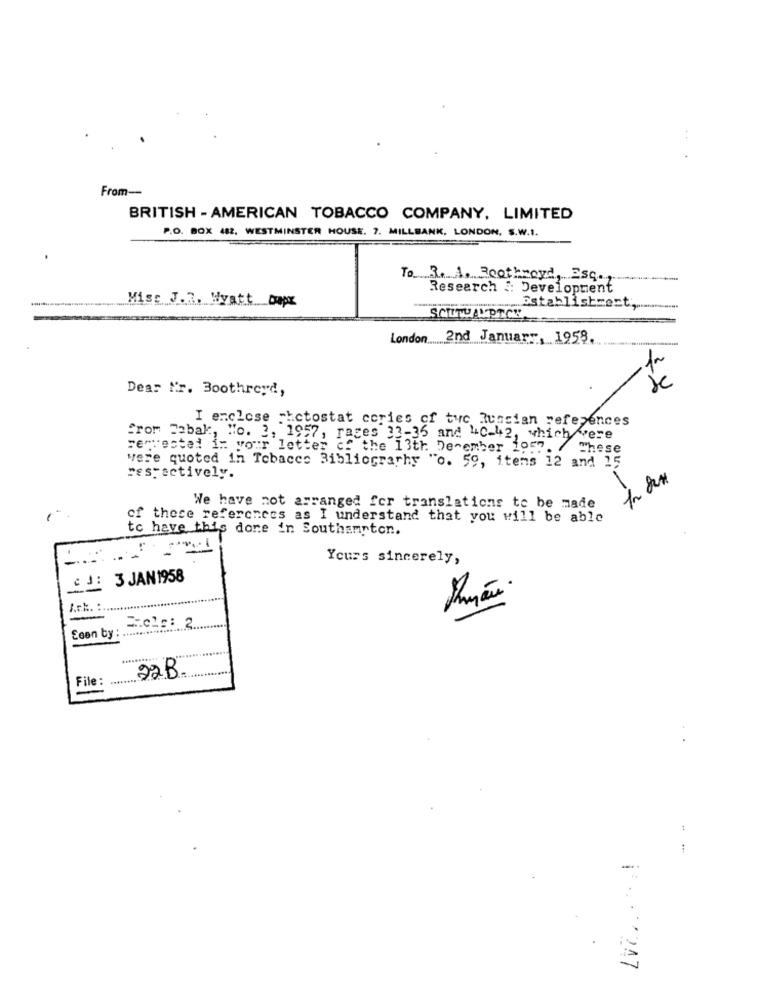
From --
BRITISH - AMERICAN TOBACCO COMPANY, LIMITED
P.O. BOX 482. WESTMINSTER HOUSE. 7. MILLBANK. LONDON, S.W.1.
To 3. 1. Boothroyd, Esq.
Research & Development
Mise J.2. Wyatt Capr
www.DStablistrest ,..
SCUTHAUPTCH
London ..... 2nd January, 1958.
Dear Mr. Boothroyd,
I enclose -hctostat cories of tuc Russian references
From Cabak, No. 3, 1957, rages 33-36 and "C-42, which were
Ferrocted in your letter of the 13th December 19m. /
These
vere quoted in Tebaccs Bibliography "o. 59, items 12 and 15
respectively.
We have not arranged for translations to be made
of these references as I understand that you will be able
to have this done in Southampton.
Yours sincerely,
CJE 3 JAN1958
Ack. :.
-
C.c.s: 2
Esen by :
.........
File :
22B.
:
1 ·· · 247